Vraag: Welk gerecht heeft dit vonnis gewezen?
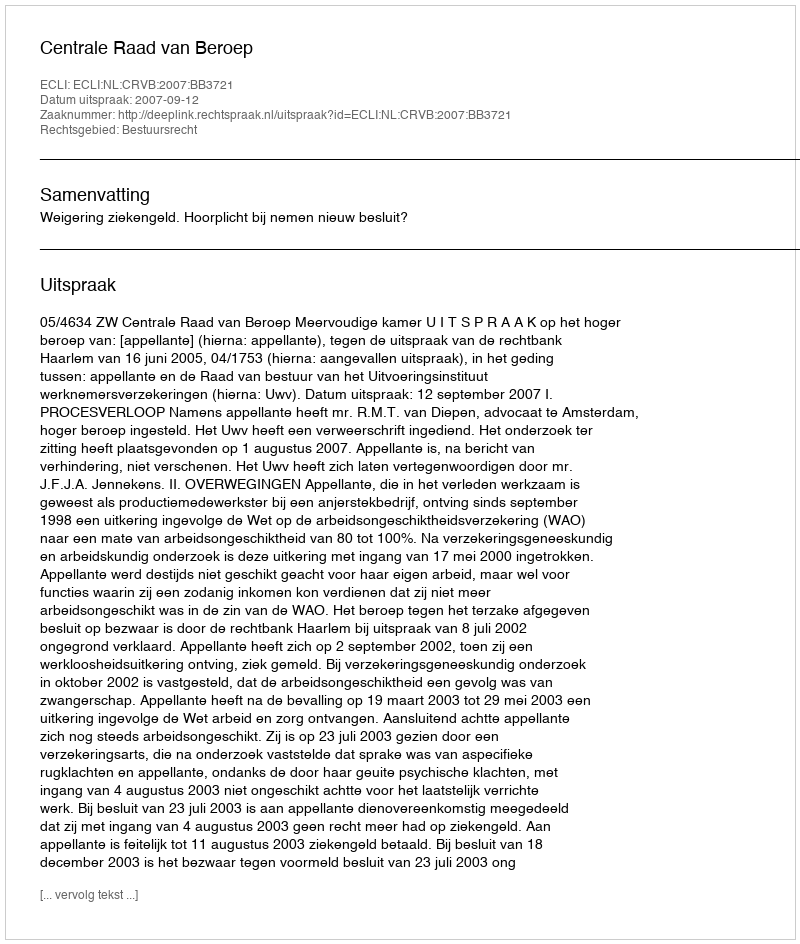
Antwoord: Centrale Raad van Beroep